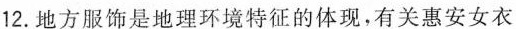
12.地方服饰是地理环境特征的体现，有关惠安女衣